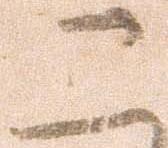
こ